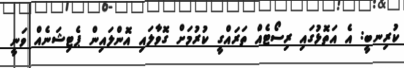
ކުރިނބީ: އެ އަތޮޅުގައި ރިސޯޓެއް ތަރައްގީ ކުރުމަށް ގޮވާލައި އޮންލައިން ޕެޓިޝަނެއް ވަނީ